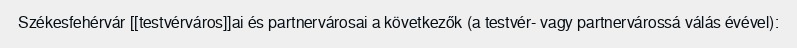
Székesfehérvár [[testvérváros]]ai és partnervárosai a következők (a testvér- vagy partnervárossá válás évével):